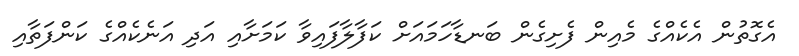
އެގޮތުން އެކެއްގެ މެއިން ފެށިގެން ބަނޑާހަމައަށް ކަފާލާފައިވާ ކަމަށާއި އަދި އަނެކެއްގެ ކަންފަތާއި